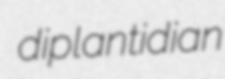
diplantidian